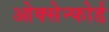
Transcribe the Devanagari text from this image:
ओक्सेन्फोर्ड